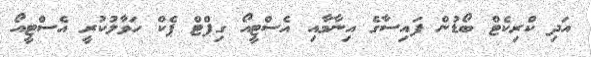
އަދި ކްރިކެޓް ބޯޑުން ފައިސާގެ އިނާމާއި އެސްޓީއޯ ގިފްޓް ޕެކް ހަވާލުކުރީ އެސްޓީއޯ